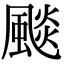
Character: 颷